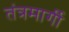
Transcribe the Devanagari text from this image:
तंत्रमार्गी